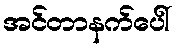
အင်တာနက်ပေါ်